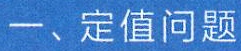
一、定值问题